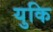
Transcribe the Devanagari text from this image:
युकि